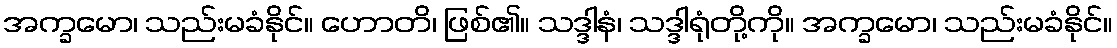
အက္ခမော၊ သည်းမခံနိုင်။ ဟောတိ၊ ဖြစ်၏။ သဒ္ဒါနံ၊ သဒ္ဒါရုံတို့ကို။ အက္ခမော၊ သည်းမခံနိုင်။